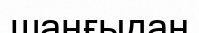
шаңғыдан